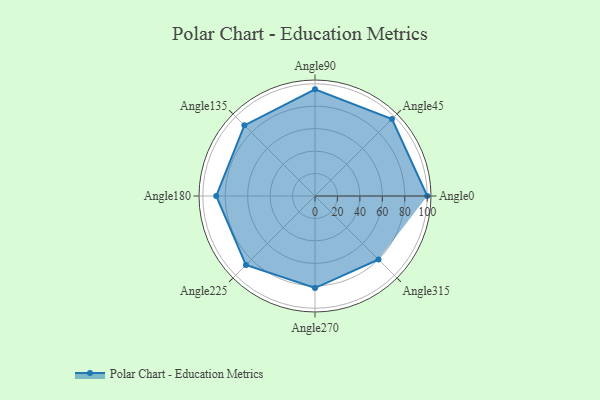
{"axis": {"x": "Angle", "y": "Radius"}, "legend": [""], "data": [{"x": "Angle0", "y": 100.0, "type": ""}, {"x": "Angle45", "y": 97.0, "type": ""}, {"x": "Angle90", "y": 95.0, "type": ""}, {"x": "Angle135", "y": 89.0, "type": ""}, {"x": "Angle180", "y": 88.0, "type": ""}, {"x": "Angle225", "y": 87.0, "type": ""}, {"x": "Angle270", "y": 82.0, "type": ""}, {"x": "Angle315", "y": 80.0, "type": ""}]}